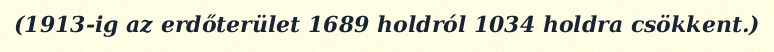
(1913-ig az erdőterület 1689 holdról 1034 holdra csökkent.)